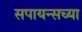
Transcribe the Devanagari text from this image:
सपायन्सच्या